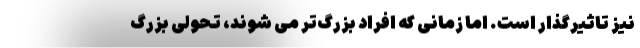
نیز تاثیرگذار است. اما زمانی که افراد بزرگ‌تر می شوند، تحولی بزرگ